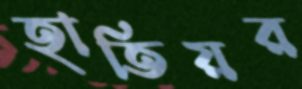
হাতিয়র